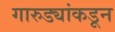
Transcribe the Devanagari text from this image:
गारुड्यांकडून